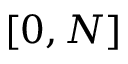
[ 0 , N ]